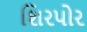
શિરપોર